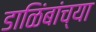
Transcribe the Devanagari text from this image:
डाळिंबांच्या